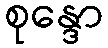
စုန္ဒော